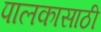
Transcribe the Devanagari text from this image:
पालकासाठी